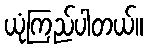
ယုံကြည်ပါတယ်။